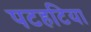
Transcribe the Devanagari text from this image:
पटहटिया